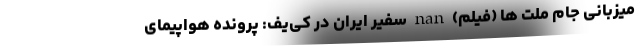
میزبانی جام ملت ها (فیلم) nan سفیر ایران در کی‌یف: پرونده هواپیمای